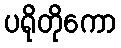
ပရိုတိုကော